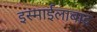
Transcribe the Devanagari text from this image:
इस्माईलाबाद